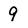
Character: 9